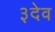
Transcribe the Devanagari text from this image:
३देव